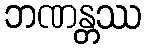
ဘဏန္တဿ